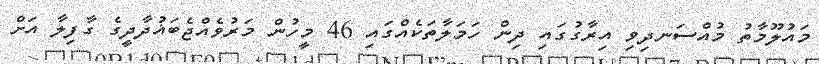
މައުލޫމާތު މުއްސަނދިވި އިރާގުގައި ދިން ހަމަލާތަކެއްގައި 46 މީހުން މަރުވެއްޖެބަޣުދާދީގެ ގާފިލާ އަށް